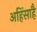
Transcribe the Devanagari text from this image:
अहिंसाहै